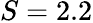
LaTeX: S=2.2